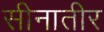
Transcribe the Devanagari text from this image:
सीनातीर